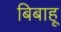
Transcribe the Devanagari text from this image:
बिबाहू